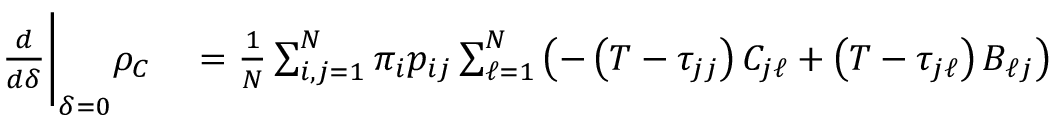
\begin{array} { r l } { \frac { d } { d \delta } \Bigg \vert _ { \delta = 0 } \rho _ { C } } & { { } = \frac { 1 } { N } \sum _ { i , j = 1 } ^ { N } \pi _ { i } p _ { i j } \sum _ { \ell = 1 } ^ { N } \left( - \left( T - \tau _ { j j } \right) C _ { j \ell } + \left( T - \tau _ { j \ell } \right) B _ { \ell j } \right) } \end{array}